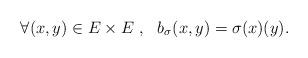
LaTeX: \begin{align*}\forall (x,y)\in E\times E\ , \ \ b_{\sigma} (x,y)=\sigma(x)(y).\end{align*}